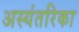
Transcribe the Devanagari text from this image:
अस्यंतरिका